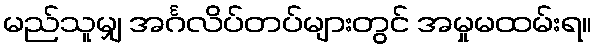
မည်သူမျှ အင်္ဂလိပ်တပ်များတွင် အမှုမထမ်းရ။